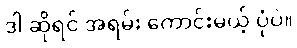
ဒါ ဆိုရင် အရမ်း ကောင်းမယ့် ပုံပဲ။